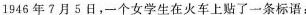
1946年7月5日,一个女学生在火车上贴了一条标语